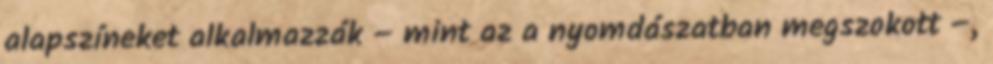
alapszíneket alkalmazzák – mint az a nyomdászatban megszokott –,